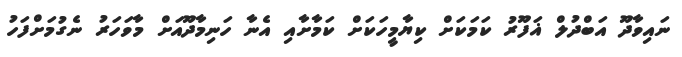
ނައިވާދޫ އަބްދުލް ޣަފޫރު ކަމަކަށް ކިޔާމީހަކަށް ކަމާށާއި އެނާ ހަނިމާދޫއަށް މާވަހަރު ނެގުމަށްފަހު